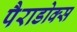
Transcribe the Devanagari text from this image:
पैराडोक्स